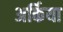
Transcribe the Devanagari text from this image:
अर्किया